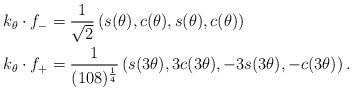
LaTeX: \begin{align*} k_\theta \cdot f_- &= \frac{1}{\sqrt{2}}\left(s(\theta), c(\theta), s(\theta), c(\theta) \right)\\ k_\theta \cdot f_+ &= \frac{1}{(108)^{\frac{1}{4}}}\left(s(3\theta), 3c(3\theta), -3 s(3\theta), -c(3\theta)\right). \end{align*}